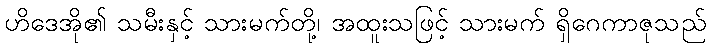
ဟိဒေအို၏ သမီးနှင့် သားမက်တို့၊ အထူးသဖြင့် သားမက် ရှိဂေကာဇုသည်